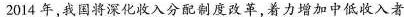
2014年，我国将深化收入分配制度改革，着力增加中低收入者